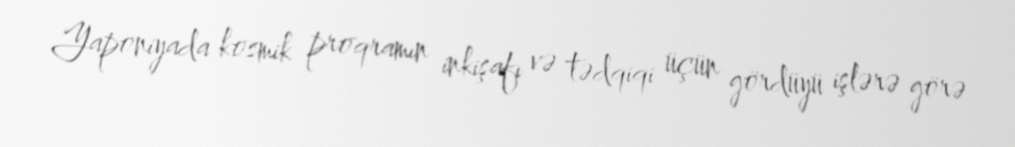
Yaponiyada kosmik proqramın inkişafı və tədqiqi üçün gördüyü işlərə görə